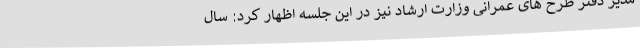
مدیر دفتر طرح های عمرانی وزارت ارشاد نیز در این جلسه اظهار کرد: سال